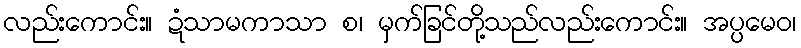
လည်းကောင်း။ ဍံသာမကာသာ စ၊ မှက်ခြင်တို့သည်လည်းကောင်း။ အပ္ပမေဝ၊